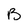
Character: B